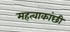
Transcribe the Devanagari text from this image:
महत्वाकांछी